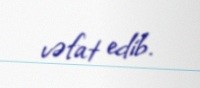
vəfat edib.